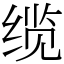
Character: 缆